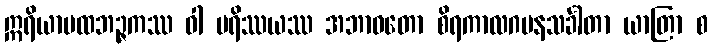
ဣရိယာပထဘဉ္ဇကဿ ဝါ ပရိဿယဿ အဘာဝတော စိရကာလဂမနသင်္ခါတာ ယာတြာ စ